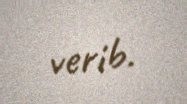
verib.